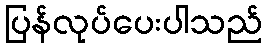
ပြန်လုပ်ပေးပါသည်